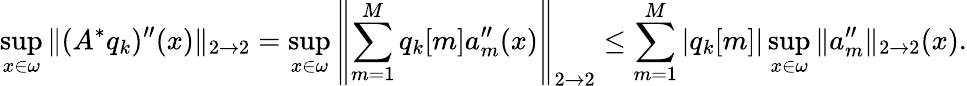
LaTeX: \operatorname*{sup}_{x\in\omega}\| (A^{*}q_{k})^{\prime\prime}(x)\| _{2\to 2}=\operatorname*{sup}_{x\in\omega}\left\| \sum_{m=1}^{M}q_{k}[m]a_{m}^{\prime\prime}(x)\right\| _{2\to 2}\leq\sum_{m=1}^{M}|q_{k}[m]|\operatorname*{sup}_{x\in\omega}\| a_{m}^{\prime\prime}\| _{2\to 2}(x).